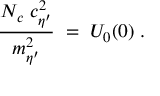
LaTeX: \frac { N _ { c } \; c _ { \eta ^ { \prime } } ^ { 2 } } { m _ { \eta ^ { \prime } } ^ { 2 } } \; = \; U _ { 0 } ( 0 ) \; .